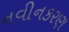
નવીનકરણ